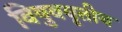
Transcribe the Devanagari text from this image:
विषुववृतीय